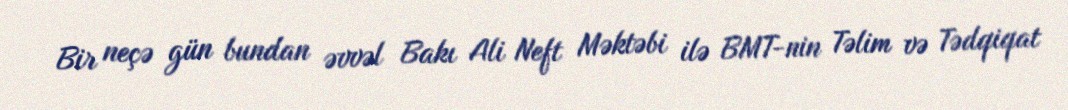
Bir neçə gün bundan əvvəl Bakı Ali Neft Məktəbi ilə BMT-nin Təlim və Tədqiqat